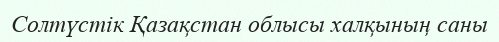
Солтүстік Қазақстан облысы халқының саны